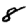
Digit: 8